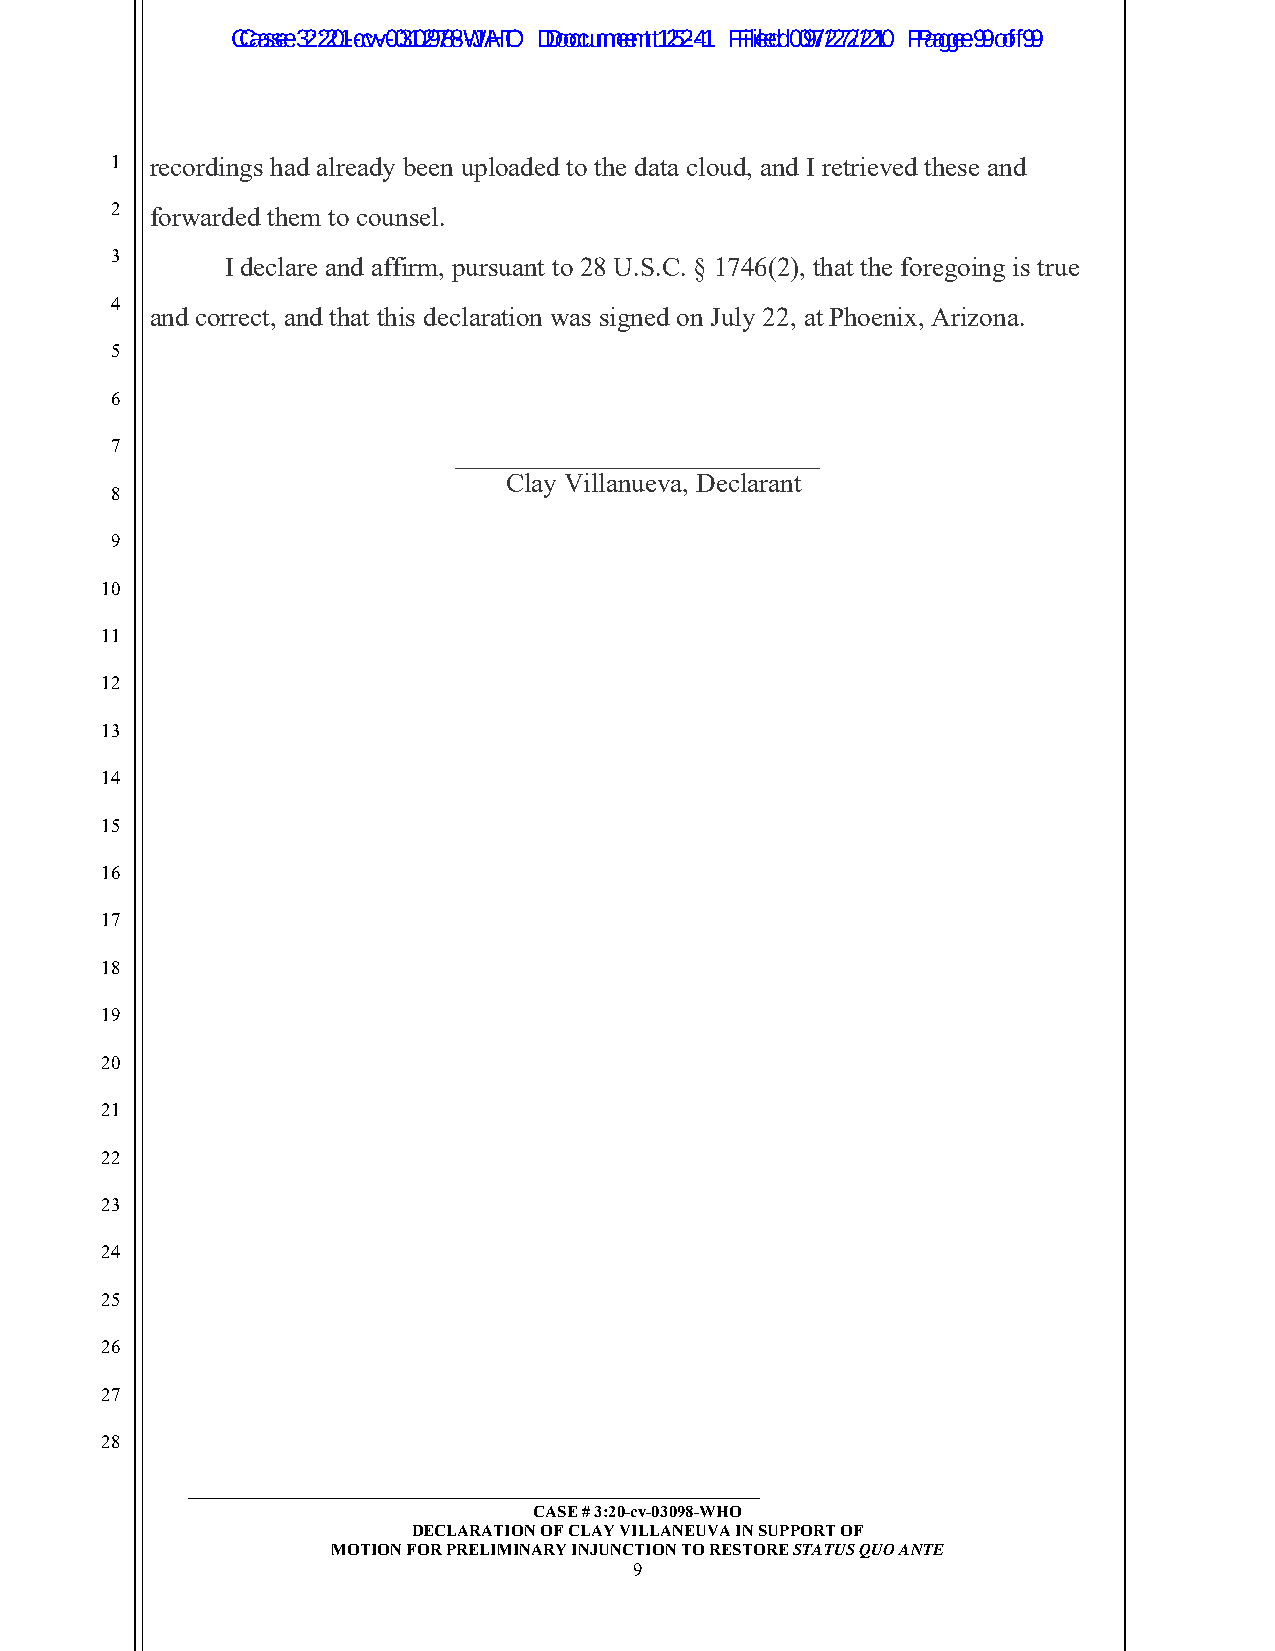
CCaassee 3 2:2:201--ccvv--0031029788--WJAHTO D Dooccuummeennt t1 252-4-1 F Filieledd 0 097/2/272/2/210 P Paaggee 9 9 o of f9 9
 1  recordings had already been uploaded to the data cloud, and I retrieved these and
 2  forwarded them to counsel.
 3
 I declare and affirm, pursuant to 28 U.S.C. § 1746(2), that the foregoing is true
 4
 and correct, and that this declaration was signed on July 22, at Phoenix, Arizona.
 5
 6
 7                      ___________________________
 Clay Villanueva, Declarant
 8
 9
 10
 11
 12
 13
 14
 15
 16
 17
 18
 19
 20
 21
 22
 23
 24
 25
 26
 27
 28
 _____________________________________________________________
 CASE # 3:20-cv-03098-WHO
 DECLARATION OF CLAY VILLANEUVA IN SUPPORT OF
 MOTION FOR PRELIMINARY INJUNCTION TO RESTORE STATUS QUO ANTE
 9